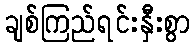
ချစ်ကြည်ရင်းနှီးစွာ